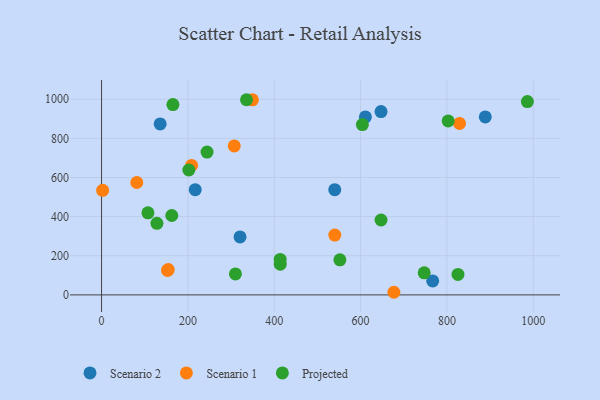
{"axis": {"x": "Price", "y": "Profit"}, "legend": ["Projected", "Scenario 1", "Scenario 2"], "data": [{"x": "540.2", "y": 537.5, "type": "Scenario 2"}, {"x": "647.4", "y": 936.8, "type": "Scenario 2"}, {"x": "217.0", "y": 537.7, "type": "Scenario 2"}, {"x": "611.2", "y": 909.7, "type": "Scenario 2"}, {"x": "320.8", "y": 296.3, "type": "Scenario 2"}, {"x": "135.8", "y": 873.6, "type": "Scenario 2"}, {"x": "888.9", "y": 909.6, "type": "Scenario 2"}, {"x": "767.1", "y": 71.2, "type": "Scenario 2"}, {"x": "829.2", "y": 876.1, "type": "Scenario 1"}, {"x": "152.9", "y": 125.2, "type": "Scenario 1"}, {"x": "540.3", "y": 305.9, "type": "Scenario 1"}, {"x": "677.2", "y": 13.4, "type": "Scenario 1"}, {"x": "81.6", "y": 574.4, "type": "Scenario 1"}, {"x": "2.5", "y": 534.2, "type": "Scenario 1"}, {"x": "154.5", "y": 129.3, "type": "Scenario 1"}, {"x": "349.4", "y": 997.1, "type": "Scenario 1"}, {"x": "208.5", "y": 661.4, "type": "Scenario 1"}, {"x": "307.4", "y": 761.1, "type": "Scenario 1"}, {"x": "202.2", "y": 638.2, "type": "Projected"}, {"x": "162.7", "y": 405.7, "type": "Projected"}, {"x": "552.1", "y": 179.0, "type": "Projected"}, {"x": "413.8", "y": 181.5, "type": "Projected"}, {"x": "413.9", "y": 157.2, "type": "Projected"}, {"x": "986.4", "y": 987.8, "type": "Projected"}, {"x": "747.4", "y": 112.6, "type": "Projected"}, {"x": "802.9", "y": 889.3, "type": "Projected"}, {"x": "335.8", "y": 997.4, "type": "Projected"}, {"x": "647.4", "y": 382.7, "type": "Projected"}, {"x": "244.4", "y": 730.1, "type": "Projected"}, {"x": "107.5", "y": 419.4, "type": "Projected"}, {"x": "825.6", "y": 104.4, "type": "Projected"}, {"x": "310.1", "y": 107.0, "type": "Projected"}, {"x": "165.3", "y": 972.8, "type": "Projected"}, {"x": "128.3", "y": 366.0, "type": "Projected"}, {"x": "604.2", "y": 870.5, "type": "Projected"}]}